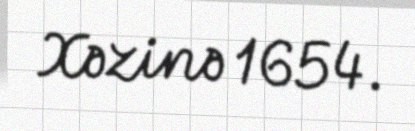
Xəzinə 1654.